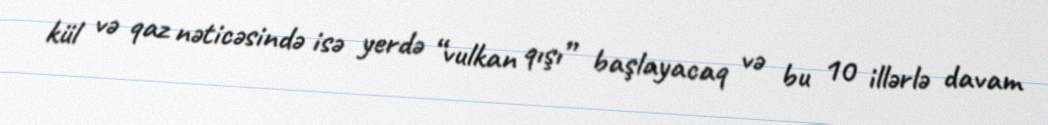
kül və qaz nəticəsində isə yerdə “vulkan qışı” başlayacaq və bu 10 illərlə davam